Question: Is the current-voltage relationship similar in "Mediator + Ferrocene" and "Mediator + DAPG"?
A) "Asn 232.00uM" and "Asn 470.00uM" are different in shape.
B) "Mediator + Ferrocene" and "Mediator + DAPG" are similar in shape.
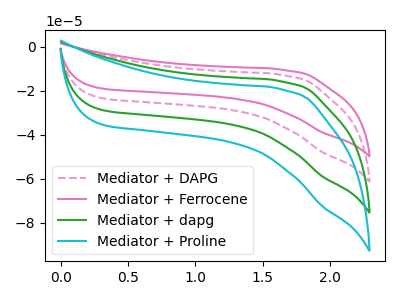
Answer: <think>The pink dashed curve "Mediator + DAPG" has no peaks. The pink curve "Mediator + Ferrocene" has no peaks. The green curve "Mediator + dapg" has no peaks. The cyan curve "Mediator + Proline" has no peaks.
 Neither "Mediator + Ferrocene" or "Mediator + DAPG" have any peaks.</think>
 <answer>B) "Mediator + Ferrocene" and "Mediator + DAPG" are similar in shape.</answer>
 <eval>B</eval>